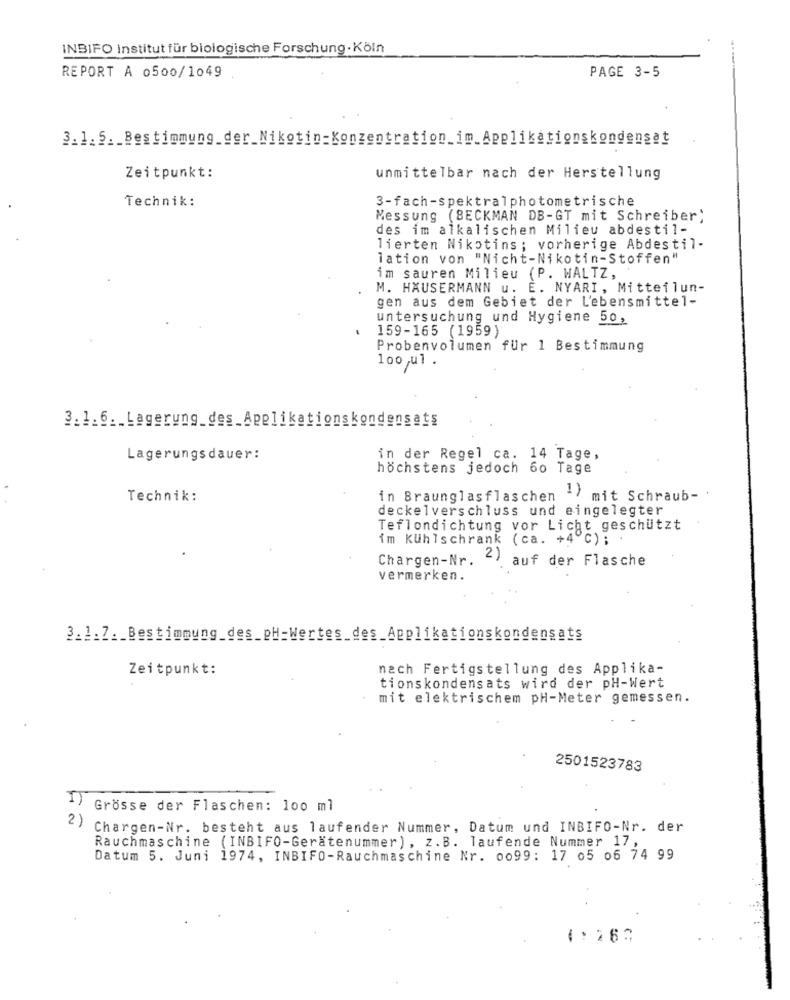
INBIFO Institut für biologische Forschung·Köln
PAGE 3-5
REPORT A 0500/1049
3.1.5 ._ Bestimmung_der_Nikotin-Konzentration_im_Applikationskondensat
Zeitpunkt:
unmittelbar nach der Herstellung
Technik:
3-fach-spektralphotometrische
Messung (BECKMAN DB-GT mit Schreiber)
des im alkalischen Milieu abdestil-
lierten Nikotins; vorherige Abdestil-
lation von "Nicht-Nikotin-Stoffen"
im sauren Milieu (P. WALTZ,
M. HAUSERMANN u. E. NYARI, Mitteilun-
gen aus dem Gebiet der Lebensmittel-
untersuchung und Hygiene 50,
159-165 (1959)
Probenvolumen für 1 Bestimmung
loo,ul .
3.1.6 ._ Lagerung_des_Applikationskondensats
Lagerungsdauer:
in der Regel ca. 14 Tage,
höchstens jedoch 60 Tage
Technik:
in Braunglasflaschen
.1) mit Schraub-
deckelverschluss und eingelegter
Teflondichtung vor Licht geschützt
im Kühlschrank (ca. +4℃) ;
Chargen-Nr.
2)
auf der Flasche
vermerken.
3.1.7 ._ Bestimmung_des_pH-Wertes_des_Applikationskondensats
Zeitpunkt:
nach Fertigstellung des Applika-
tionskondensats wird der pH-Wert
mit elektrischem pH-Meter gemessen.
2501523783
I)
Grosse der Flaschen: 100 ml
2) Chargen-Nr. besteht aus laufender Nummer, Datum und INBIFO-Nr. der
Rauchmaschine ( INBIFO-Gerätenummer ) , z. B. laufende Nummer 17,
Datum 5. Juni 1974, INBIFO-Rauchmaschine Nr. 0099: 17 05 06 74 99
4: 263